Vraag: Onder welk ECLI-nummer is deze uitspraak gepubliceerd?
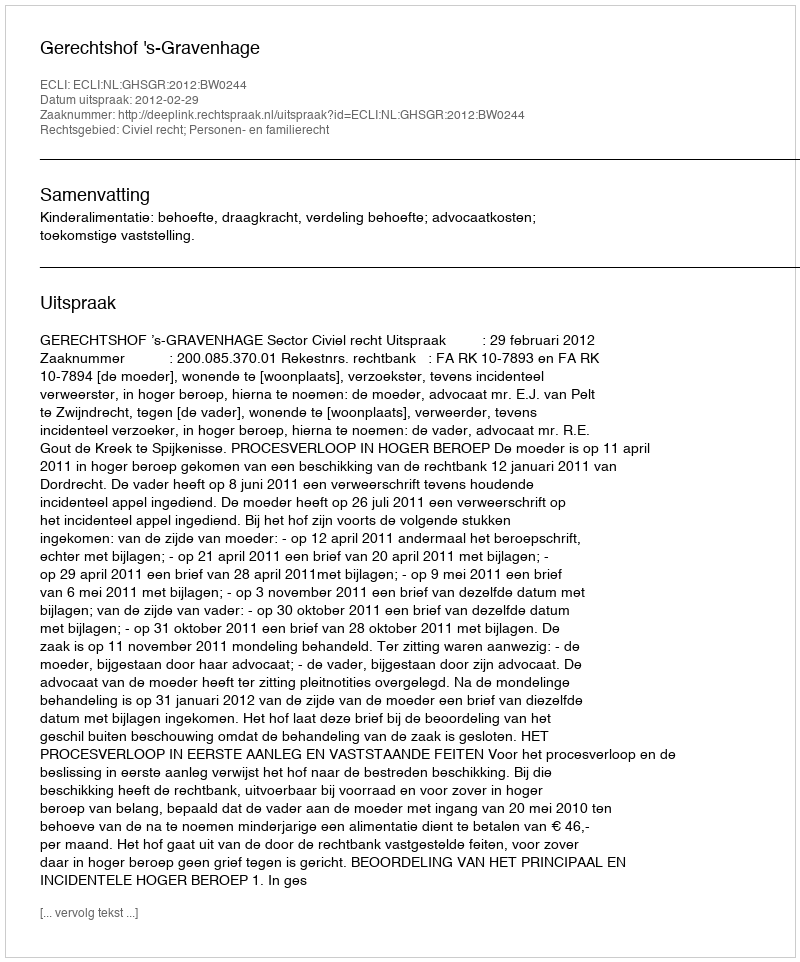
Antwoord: ECLI:NL:GHSGR:2012:BW0244